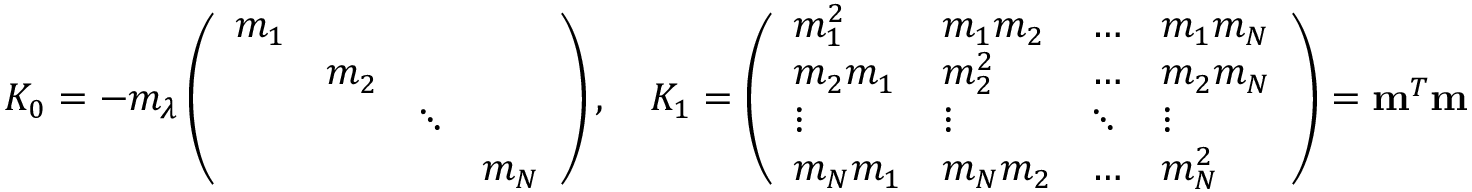
\begin{array} { r } { K _ { 0 } = - m _ { \lambda } \left( \begin{array} { l l l l } { m _ { 1 } } & & & \\ & { m _ { 2 } } & & \\ & & { \ddots } & \\ & & & { m _ { N } } \end{array} \right) , \quad K _ { 1 } = \left( \begin{array} { l l l l } { m _ { 1 } ^ { 2 } } & { m _ { 1 } m _ { 2 } } & { \ldots } & { m _ { 1 } m _ { N } } \\ { m _ { 2 } m _ { 1 } } & { m _ { 2 } ^ { 2 } } & { \ldots } & { m _ { 2 } m _ { N } } \\ { \vdots } & { \vdots } & { \ddots } & { \vdots } \\ { m _ { N } m _ { 1 } } & { m _ { N } m _ { 2 } } & { \ldots } & { m _ { N } ^ { 2 } } \end{array} \right) = \mathbf { m } ^ { T } \mathbf { m } } \end{array}